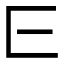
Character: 𬼖